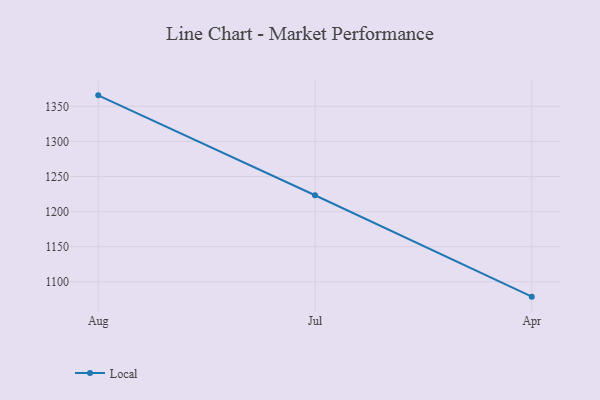
{"axis": {"x": "Month", "y": "Market Share (%)"}, "legend": ["Local"], "data": [{"x": "Aug", "y": 1365.6, "type": "Local"}, {"x": "Jul", "y": 1223.3, "type": "Local"}, {"x": "Apr", "y": 1078.9, "type": "Local"}]}